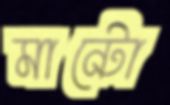
মান্টো